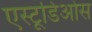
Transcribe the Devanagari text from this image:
एस्टूडिओस